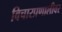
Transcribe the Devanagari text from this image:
विचारप्रणालीवर